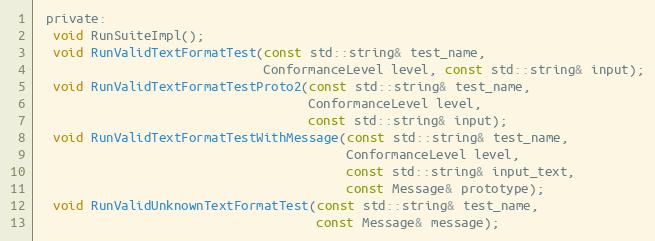
Language: C
 private:
  void RunSuiteImpl();
  void RunValidTextFormatTest(const std::string& test_name,
                              ConformanceLevel level, const std::string& input);
  void RunValidTextFormatTestProto2(const std::string& test_name,
                                    ConformanceLevel level,
                                    const std::string& input);
  void RunValidTextFormatTestWithMessage(const std::string& test_name,
                                         ConformanceLevel level,
                                         const std::string& input_text,
                                         const Message& prototype);
  void RunValidUnknownTextFormatTest(const std::string& test_name,
                                     const Message& message);